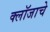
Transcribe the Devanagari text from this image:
क्लॉजाचे